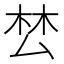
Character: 𭆟